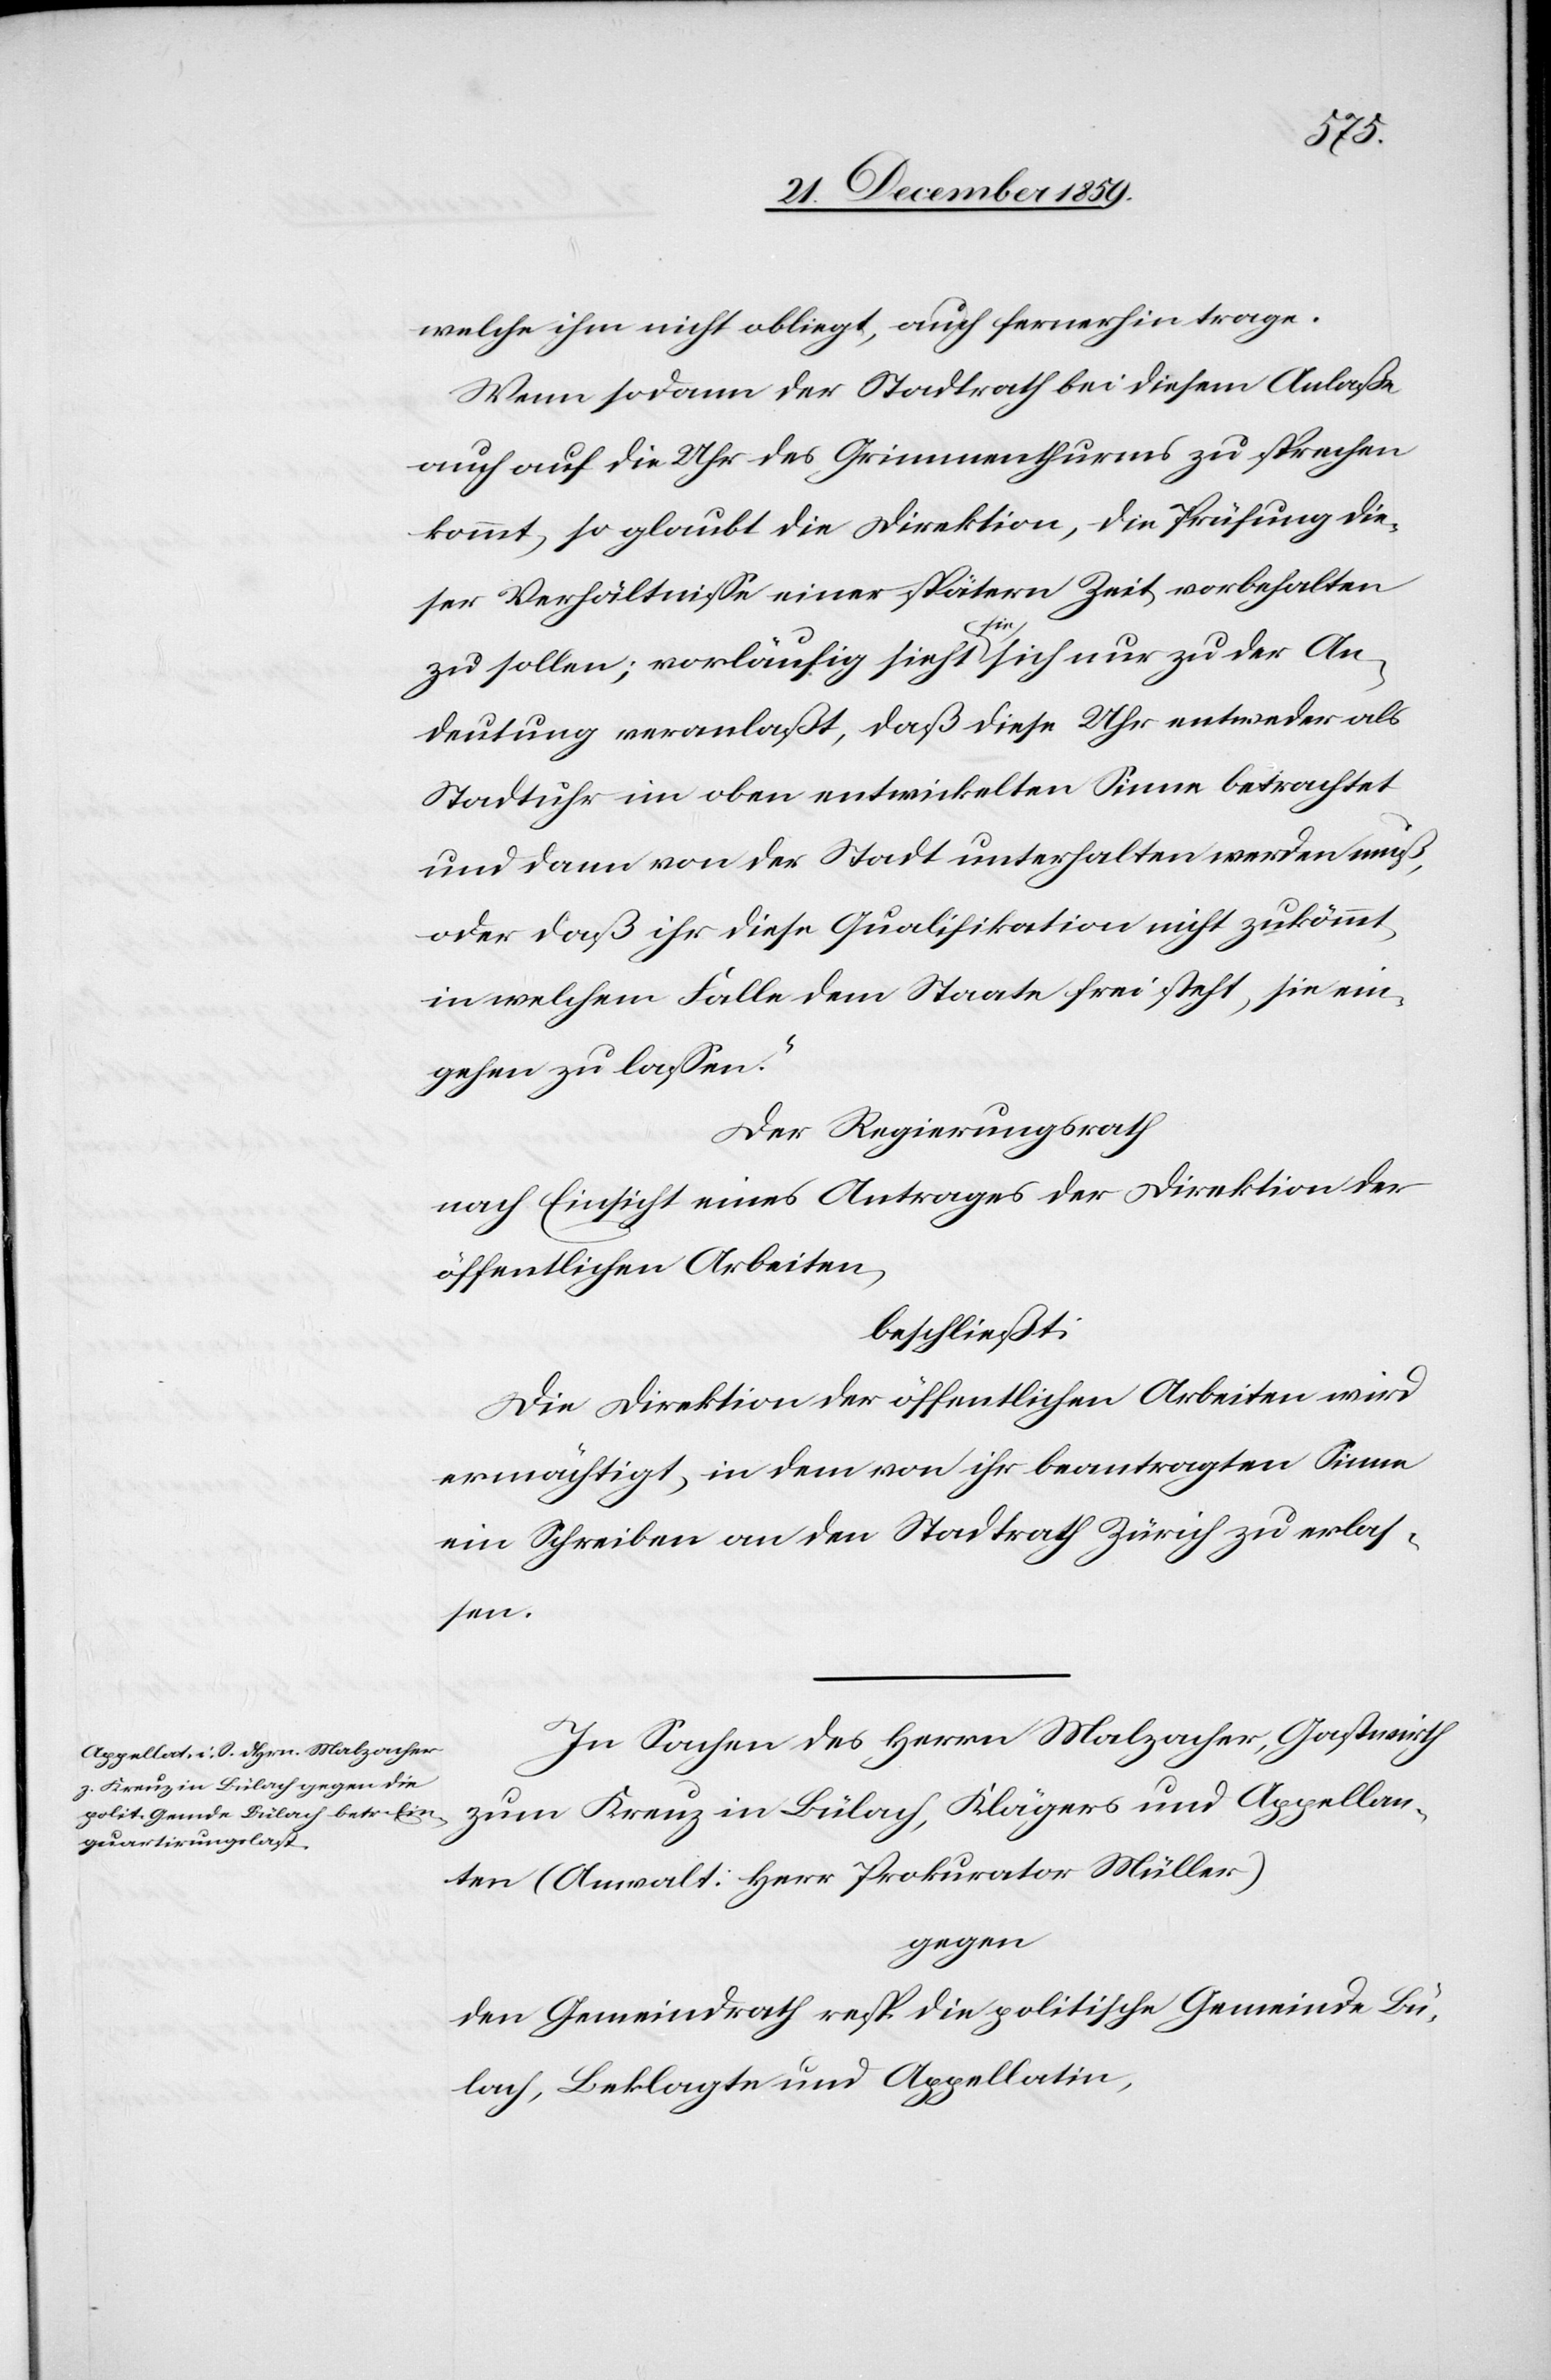
welche ihm nicht obliegt, auch fernerhin trage.
Wenn sodann der Stadtrath bei diesem Anlaße
auch auf die Uhr des Grimmenthurmes zu sprechen
kommt, so glaubt die Direktion, die Prüfung die¬
ser Verhältnisse einer spätern Zeit vorbehalten
zu sollen; vorläufig sieht sie sich nur zu der An¬
deutung veranlaßt, daß diese Uhr entweder als
Stadtuhr im oben entwickelten Sinne betrachtet
und dann von der Stadt unterhalten werden muß,
oder daß ihr diese Qualifikation nicht zukömmt,
in welchem Falle dem Staate frei stehe, sie ein¬
gehen zu lassen.“
Der Regierungsrath
nach Einsicht eines Antrages der Direktion der
öffentlichen Arbeiten,
beschließt:
Die Direktion der öffentlichen Arbeiten wird
ermächtigt, in dem von ihr beantragten Sinne
ein Schreiben an den Stadtrath Zürich zu erlas¬
sen.
In Sachen des Herrn Malzacher, Gastwirth
zum Kreuz in Bülach, Klägers und Appellan¬
ten (Anwalt Herr Prokurator Müller)
gegen
den Gemeindrath resp. die politische Gemeinde Bü¬
lach, Beklagte und Appellatin,